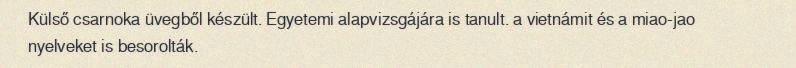
Külső csarnoka üvegből készült. Egyetemi alapvizsgájára is tanult. a vietnámit és a miao-jao nyelveket is besorolták.